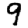
Digit: 9